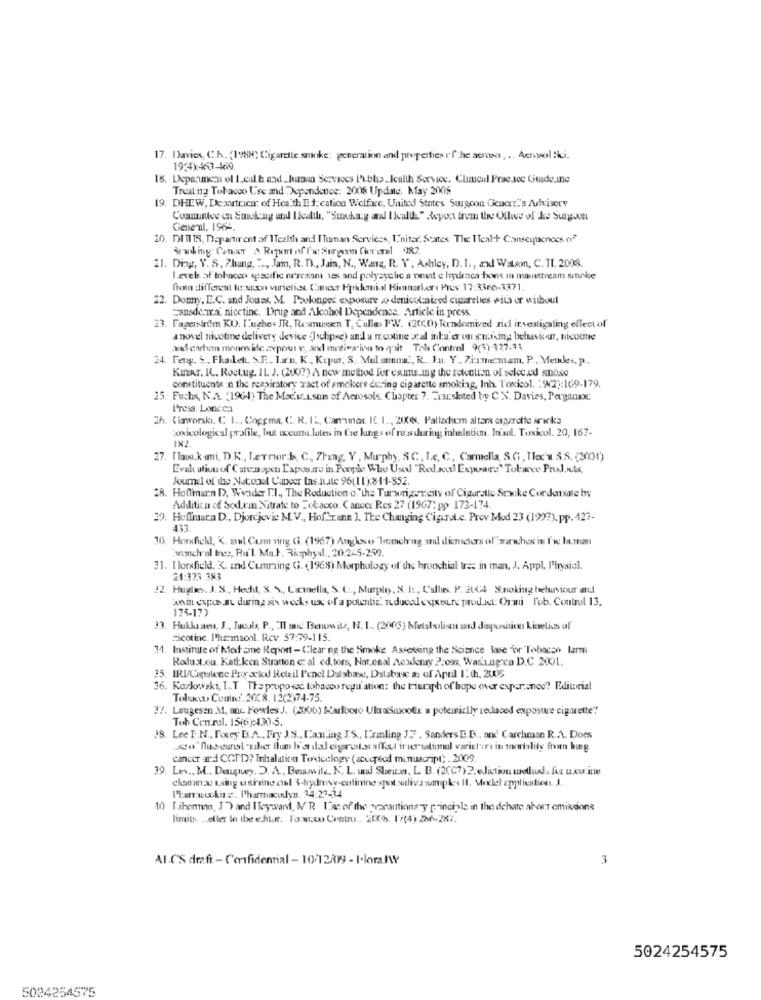
17. Davies, C.K. (198M) Cigarelle smoke: generation and properties e' f'-he acroso, .. Achtsol Ski.
19340:463-469.
18. Deparment el Leuth and_Juman Services Publis_Icalth Service. Climcul Prac.ace Guide.ine
Treating Tobacco Use and Dependence: 2006 Update. May 2008
19. DHEW, De sartricer of Health Et. catico Welfare, United States. Surgoon Geocre"'s Advisory
Coamnice en Smoking und Health. "Suckazy and Ileulth" Repeat frem twee Olive of Je Sunum
General, 196-
20. DITITS, Departirent af ITealth and Human Services, I'nitar. Seates The I Teal:+ Consequences. 62
21. Ding, Y. S, Zhang, " ., Jam, R. D ., Jam, N ., Wang, R. V. Ashley, D. I ., and Walam, C. IL. 2008.
Levels of tobacco specific neresam 1es and polysyelic a point e hydraca bons in mainstream smoke
fran different to wson varieties Cimeer Fyikemal Himmarkere Prov 17:3366-3371.
22. Domy, E.C. and Jones, M. Prolonged exposure % denicolaized ciparelles with or without
Hansdeira nicetine. Drug and Alcohol Dependence. Article in press.
23. Fagerirem KU. I'ughe. JR, Rasmussen T, Callas PW. (200(h) Kendomived riel investigating effect of
a novel nicotine delivery device (Ischipse) and a footine sal inka'er on staking behaviour, ficoutid
and carhan monos ide axpour e, and motivation to (p'tit Tah Contel 9(1)-127.44
24. Feng. S ., Flaket. S.F ., lan. K, Kepur, S .. Mul annat, R. I.u. Y ., Zimmermam, P ., Mendes, p ..
Kinar. R .. Roct.ug. IL J. (2007) A new method For esume.ing the retention of selec.ed smoke
constituente in the respiratory ract of smokere using cigarette smoking, Inh. Toxicol. : 9/2):169-179.
25. Fuchs, N.A. (1964) The Machs.Lsuis of Aerosols. Chapter 7. Emaskted by CN. Davies, Pergamoc.
Prois, Loncca
26. Ciaworski. C L .. Coppma, C. R. I ., Can-max. IL. I ., 21KW. Palladium altarx esperotte wrinka
toxicological profile, but uccun lutes in Ce lungs of ro's during inhalation. Inul. Toxicol. 20, 167-
37. [law.kimi, D.K ., LeTrier.b, C ,, 7hang, Y , Murphy, SC, Le, C ., Carmella, S.C, Tlec's 3.8. (2001)
Eval ation of Carenogen Laposunu in People Who Used "Red.nul Expoars" Tobacco Products,
Journal of the Natonel Cancer Ins.iute 96[11x811-852.
28. Hoffmann D. Wvander T.I ., The Reduction o,"the Tumoriger.city of Cigaralle Sexcke Condensate by
Addition of Scd.em Nitrate to Tobacco. Cancer Res 27 (1967"; pp 173-174
30. Hoffmara D ., Djordjevic M.V ., Hof"x.ann ]. The Changing Cipard.c. Prov Mod 23 (19)?). pp. 427-
433.
10), Horsfield, K. amal Cum ring (i. (1967) Angleso 'Imanch'ng and dimchers of" wariches in fre la.man
branch'al tree, Ru'l. Mal, Risphysl ., 20.245-259.
1. Ilorshield. K. and Cumming G. (1968) Morphology of the bronchial tres in man, J. Appl. Physial.
21:373 383
22. Hughes. J. S ., Hecht, S. S ., L'imnella, S. C .,, Murphy, S. I :, Culliss. P. 2LC4 St.noking behaviour and
wait exposun during six wocks use of a pourtiz ducadexxeure prod.it: Ormi Tob. Control 13,
175-177
33. Hukkanen, J ., Jucola, P ., "Il mic Benowitz, N. 1 .. (2005) Metabolisan und diegursitios kinetics of
nicotine. l'hamacol. Rev 57:39-115.
14. Institute of Med sine Report - Clearing the Smoke Assessing the Science Base for Tobacco lami
Radust.ou. Katl:Icon Stratton c: al ed.tors, Nat.enal Aosdenry 2zon, Wasa.ngoca D.C 2001.
35. IRLCapstone Proyectod Reteil l'enel Database, Databex a: of April I: th, 2005
36. Kozlowski, L.T The propo ed tobacco regu'ation: the tiuriph of hope over experience? Editorial
Tolukw Cuatro.2008. 12(2)74-75.
37. Laugesen M, anc. Fowles J. (XKG) Marlboro UlaraSinoolx a potemicly reduced exposure cigarette"
Tob Central. 15(6):43)-5.
38. Lee I .N ., Forey B.A ., Fry J.S .. Can'ing J.S ., Lemling J.F . Sanders I.B ., ond' Carchman R .. \. Does
co" flus-cunal "uber Ihm b'a dal cigaretstaffel ir ver ttimal varistor it morality fran bing
cancer and COTD? Inhalation Toxicology (accepted manuscript; . 2009.
39. Les ., M .. Daupwy. D. A, Bewwite, N. L. und Sheices, L. B. (2CC7)2: Jiction mollus, fot u.s.it
eloon3: Lsing cotirvine nul 3-hydroxy-colinine spot sutlivs sumplees Il. Maxlel application. J.
Plancooking. Pharmacodyn. 34:23-34
10) Liberman, I'D and Ileywand, MR La of the porantionary principle in the dehate abort emissions
limits. .. eller le the editor, l'o.w.w Contro ., 2006. 17(4) 286-287.
Al.C'S draft - Confidential - 10/12/19 - I.loralW
3
5024254575
5024254575